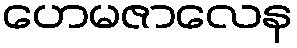
ဟေမဇာလေန